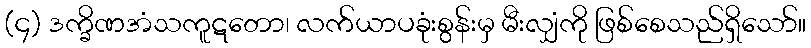
(၄) ဒက္ခိဏအံသကူဋတော၊ လက်ယာပခုံးစွန်းမှ မီးလျှံကို ဖြစ်စေသည်ရှိသော်။